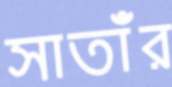
সাতাঁর